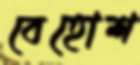
বেহোশ